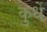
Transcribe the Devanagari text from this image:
कुर्धे